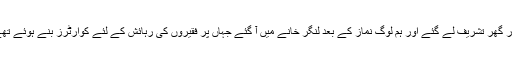
حضرت نے نماز پڑھائی اور گھر تشریف لے گئے اور ہم لوگ نماز کے بعد لنگر خانے میں آ گئے جہاں پر فقیروں کی رہائش کے لئے کوارٹرز بنے ہوئے تھے اور وہیں پر رات قیام کیا۔